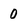
Character: 0